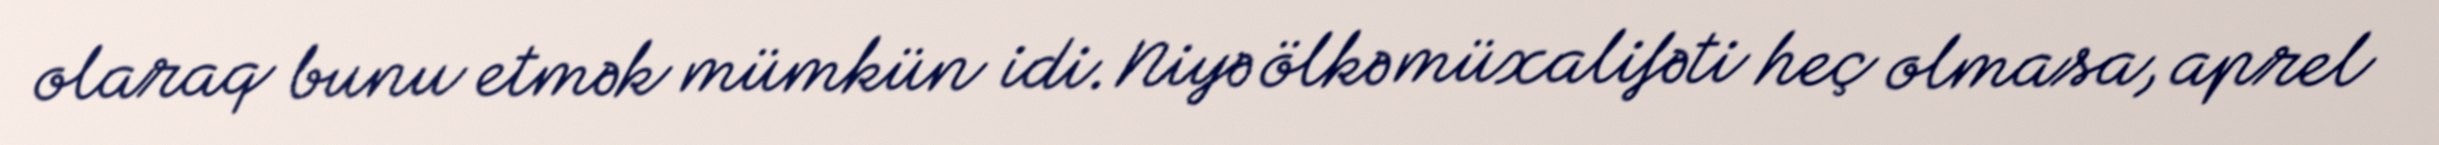
olaraq bunu etmək mümkün idi. Niyə ölkə müxalifəti heç olmasa, aprel